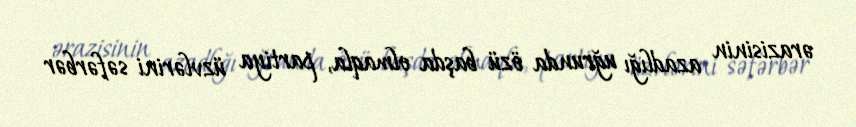
ərazisinin azadlığı uğrunda özü başda olmaqla, partiya üzvlərini səfərbər